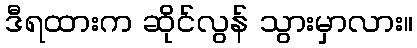
ဒီရထားက ဆိုင်လွန် သွားမှာလား။